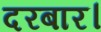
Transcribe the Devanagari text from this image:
दरबार।